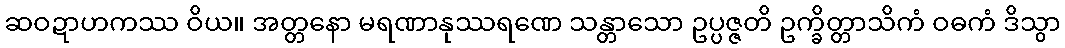
ဆဝဍာဟကဿ ဝိယ။ အတ္တနော မရဏာနုဿရဏေ သန္တာသော ဥပ္ပဇ္ဇတိ ဥက္ခိတ္တာသိကံ ဝဓကံ ဒိသွာ